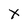
Character: X